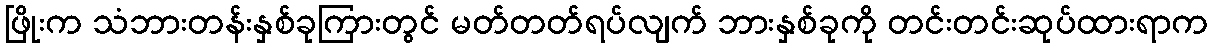
ဖြိုးက သံဘားတန်းနှစ်ခုကြားတွင် မတ်တတ်ရပ်လျက် ဘားနှစ်ခုကို တင်းတင်းဆုပ်ထားရာက